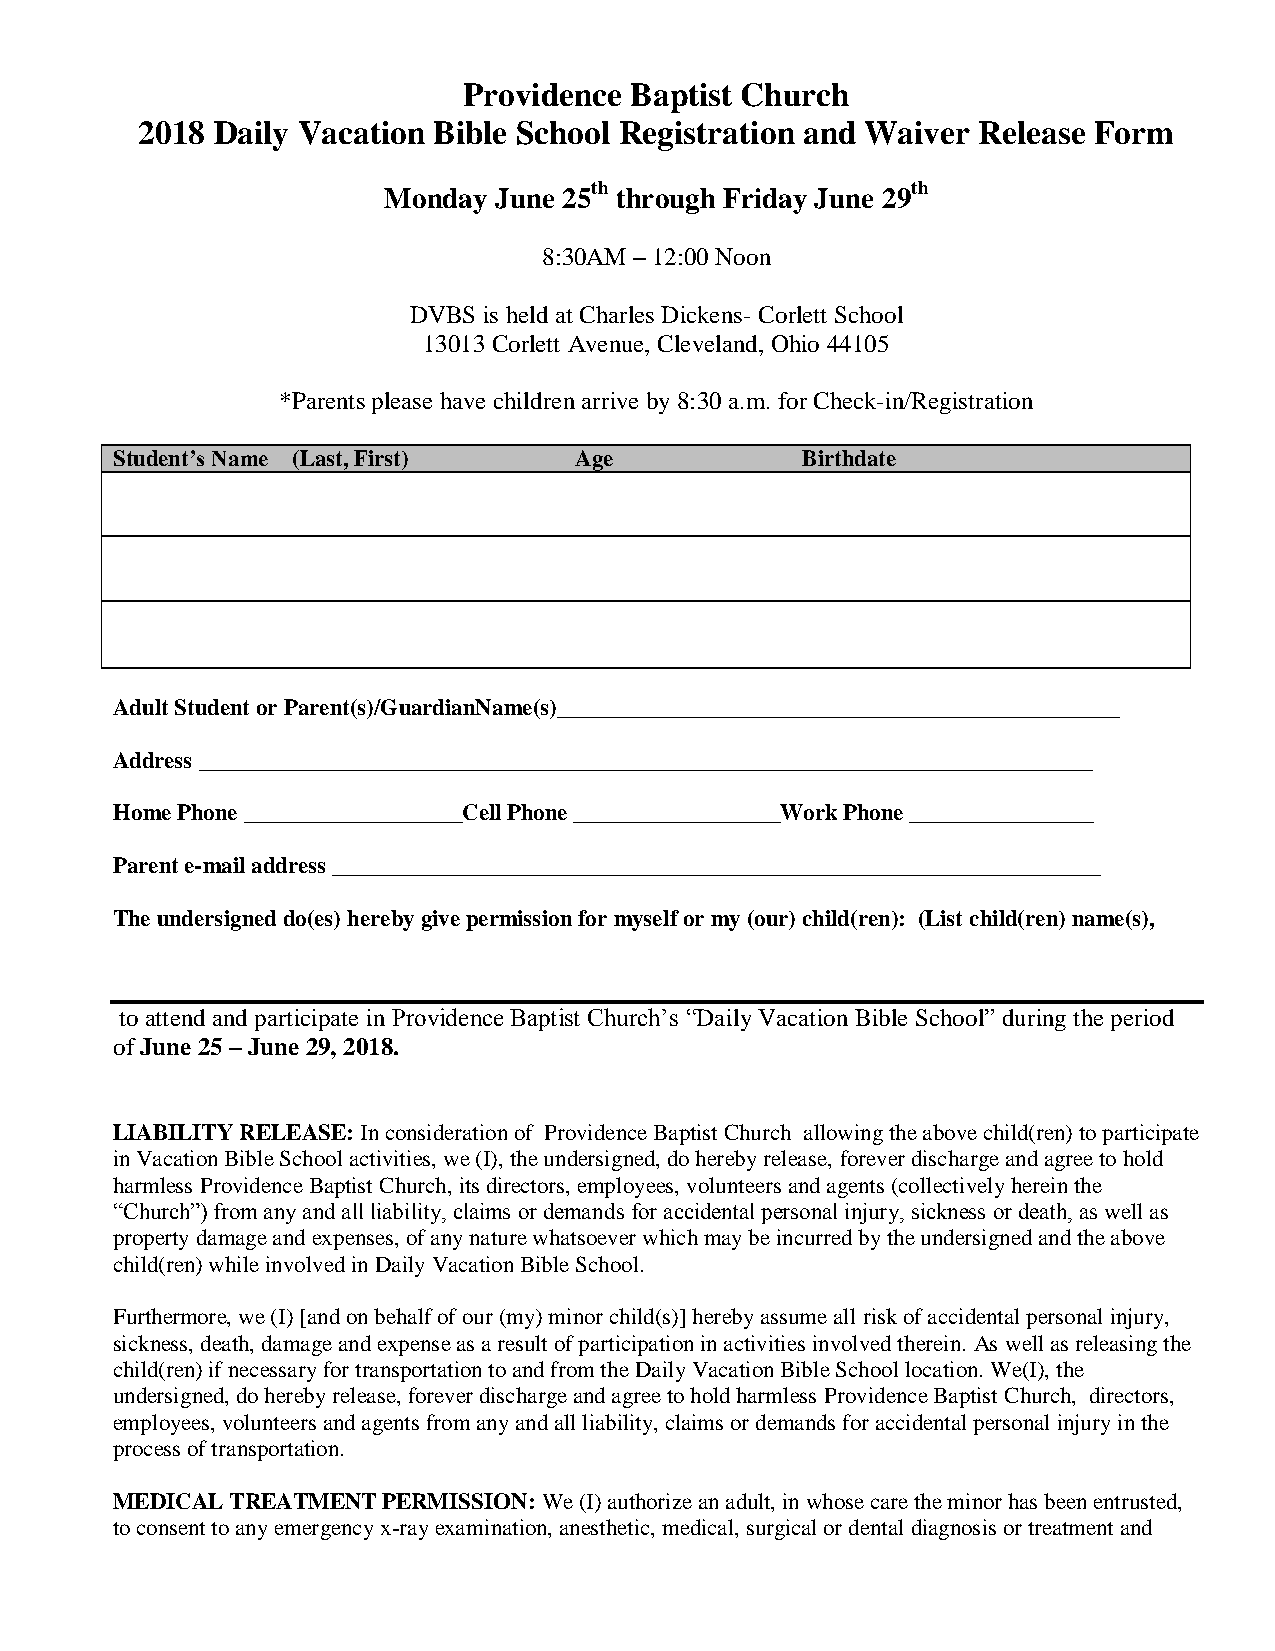
Providence Baptist Church
 2018 Daily Vacation Bible School Registration and Waiver Release Form
 Monday  June 25th through Friday June 29th
 8:30AM – 12:00 Noon
 DVBS is held at Charles Dickens- Corlett School
 13013 Corlett Avenue, Cleveland, Ohio 44105
 *Parents please have children arrive by 8:30 a.m. for Check-in/Registration
 Student’s Name (Last, First)   Age            Birthdate
 Adult Student or Parent(s)/GuardianName(s)_________________________________________________
 Address ______________________________________________________________________________
 Home Phone ___________________Cell Phone __________________Work Phone ________________
 Parent e-mail address ___________________________________________________________________
 The undersigned do(es) hereby give permission for myself or my (our) child(ren): (List child(ren) name(s),
 to attend and participate in Providence Baptist Church’s “Daily Vacation Bible School” during the period
 of June 25 – June 29, 2018.
 LIABILITY RELEASE: In consideration of Providence Baptist Church allowing the above child(ren) to participate
 in Vacation Bible School activities, we (I), the undersigned, do hereby release, forever discharge and agree to hold
 harmless Providence Baptist Church, its directors, employees, volunteers and agents (collectively herein the
 “Church”) from any and all liability, claims or demands for accidental personal injury, sickness or death, as well as
 property damage and expenses, of any nature whatsoever which may be incurred by the undersigned and the above
 child(ren) while involved in Daily Vacation Bible School.
 Furthermore, we (I) [and on behalf of our (my) minor child(s)] hereby assume all risk of accidental personal injury,
 sickness, death, damage and expense as a result of participation in activities involved therein. As well as releasing the
 child(ren) if necessary for transportation to and from the Daily Vacation Bible School location. We(I), the
 undersigned, do hereby release, forever discharge and agree to hold harmless Providence Baptist Church, directors,
 employees, volunteers and agents from any and all liability, claims or demands for accidental personal injury in the
 process of transportation.
 MEDICAL TREATMENT PERMISSION: We (I) authorize an adult, in whose care the minor has been entrusted,
 to consent to any emergency x-ray examination, anesthetic, medical, surgical or dental diagnosis or treatment and